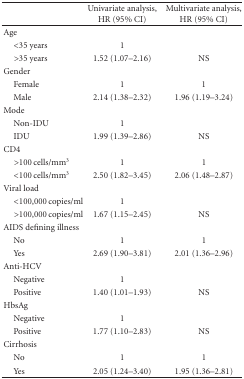
<table><thead><tr><td></td><td><b>Univariate analysis, HR (95% CI)</b></td><td><b>Multivariate analysis, HR (95% CI)</b></td></tr></thead><tbody><tr><td>Age</td><td></td><td></td></tr><tr><td> &lt;35 years</td><td>1</td><td></td></tr><tr><td> &gt;35 years</td><td>1.52 (1.07–2.16)</td><td>NS</td></tr><tr><td>Gender</td><td></td><td></td></tr><tr><td> Female</td><td>1</td><td>1</td></tr><tr><td> Male</td><td>2.14 (1.38–2.32)</td><td>1.96 (1.19–3.24)</td></tr><tr><td>Mode</td><td></td><td></td></tr><tr><td> Non-IDU</td><td>1</td><td></td></tr><tr><td> IDU</td><td>1.99 (1.39–2.86)</td><td>NS</td></tr><tr><td>CD4</td><td></td><td></td></tr><tr><td> &gt;100 cells/mm<sup>3</sup></td><td>1</td><td>1</td></tr><tr><td> &lt;100 cells/mm<sup>3</sup></td><td>2.50 (1.82–3.45)</td><td>2.06 (1.48–2.87)</td></tr><tr><td>Viral load</td><td></td><td></td></tr><tr><td> &lt;100,000 copies/ml</td><td>1</td><td></td></tr><tr><td> &gt;100,000 copies/ml</td><td>1.67 (1.15–2.45)</td><td>NS</td></tr><tr><td>AIDS defining illness</td><td></td><td></td></tr><tr><td> No</td><td>1</td><td>1</td></tr><tr><td> Yes</td><td>2.69 (1.90–3.81)</td><td>2.01 (1.36–2.96)</td></tr><tr><td>Anti-HCV</td><td></td><td></td></tr><tr><td> Negative</td><td>1</td><td></td></tr><tr><td> Positive</td><td>1.40 (1.01–1.93)</td><td>NS</td></tr><tr><td>HbsAg</td><td></td><td></td></tr><tr><td> Negative</td><td>1</td><td></td></tr><tr><td> Positive</td><td>1.77 (1.10–2.83)</td><td>NS</td></tr><tr><td>Cirrhosis</td><td></td><td></td></tr><tr><td> No</td><td>1</td><td>1</td></tr><tr><td> Yes</td><td>2.05 (1.24–3.40)</td><td>1.95 (1.36–2.81)</td></tr></tbody></table>